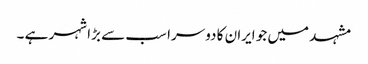
مشہد میں جو ایران کا دوسرا سب سے بڑا شہر ہے ۔